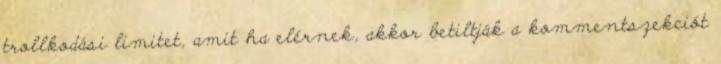
trollkodási limitet, amit ha elérnek, akkor betiltják a kommentszekciót